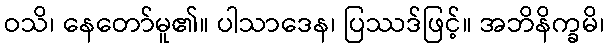
ဝသိ၊ နေတော်မူ၏။ ပါသာဒေန၊ ပြဿဒ်ဖြင့်။ အဘိနိက္ခမိ၊